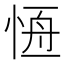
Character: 𢛢